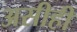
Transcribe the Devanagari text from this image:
असीही